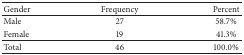
<table><thead><tr><td><b>Gender</b></td><td><b>Frequency</b></td><td><b>Percent</b></td></tr></thead><tbody><tr><td>Male</td><td>27</td><td>58.7%</td></tr><tr><td>Female</td><td>19</td><td>41.3%</td></tr><tr><td>Total</td><td>46</td><td>100.0%</td></tr></tbody></table>